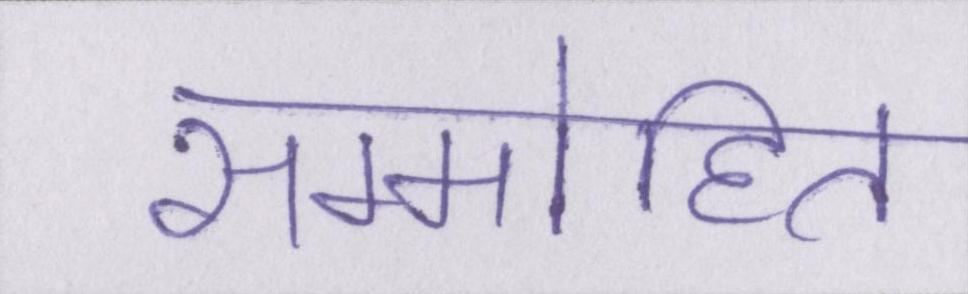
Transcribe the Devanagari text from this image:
सम्मोहित